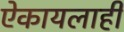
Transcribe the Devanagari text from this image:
ऐकायलाही